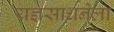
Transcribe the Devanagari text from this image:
यज्ञसाधनेला